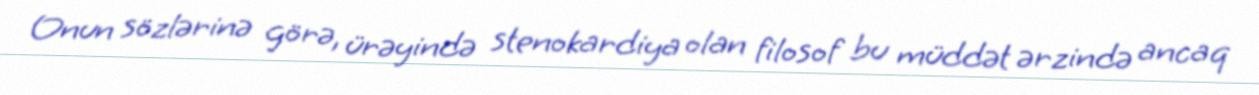
Onun sözlərinə görə, ürəyində stenokardiya olan filosof bu müddət ərzində ancaq